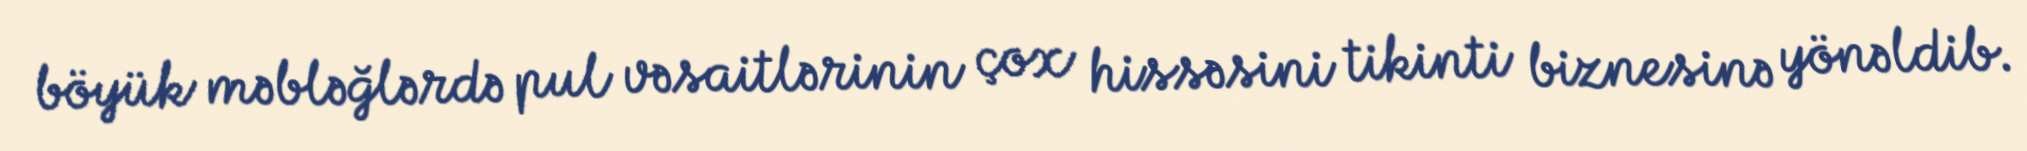
böyük məbləğlərdə pul vəsaitlərinin çox hissəsini tikinti biznesinə yönəldib.